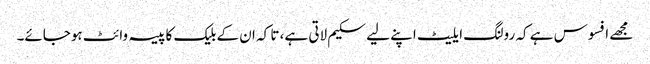
مجھے افسوس ہے کہ رولنگ ایلیٹ اپنے لیے سکیم لاتی ہے، تا کہ ان کے بلیک کا پیسہ وائٹ ہوجائے۔